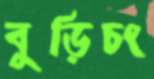
বুড়িচং